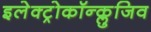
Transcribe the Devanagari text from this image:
इलेक्ट्रोकॉन्क्लुजिव